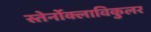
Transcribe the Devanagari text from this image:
स्तेर्नोक्लाविकुलर